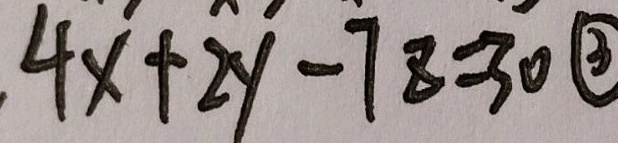
4 x + 2 y - 7 8 = 3 0 \textcircled { 3 }